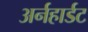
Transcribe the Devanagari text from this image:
अर्नहार्डट